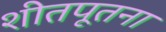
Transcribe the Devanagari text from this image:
शीतपूतना